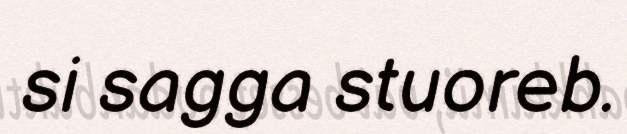
si sagga stuoreb.